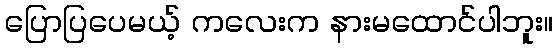
ပြောပြပေမယ့် ကလေးက နားမထောင်ပါဘူး။